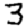
Digit: 3